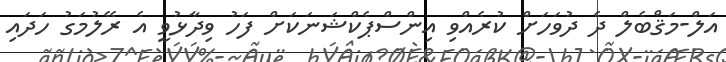
އަލް-މަޤްބެލް ދެ ދުވަހަށް ކުރެއްވި އިންސްޕެކްޝަނަކަށް ފަހު ވިދާޅުވީ އެ ރޭލުމަގު ހަދައި